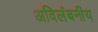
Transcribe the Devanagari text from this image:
अविलंबनीय